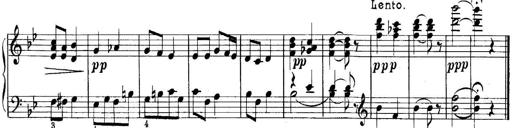
Title: Quatres sonatines
Composer: Tadeusz Joteyko